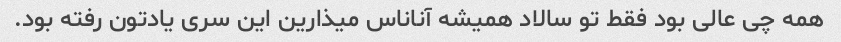
همه چی عالی بود فقط تو سالاد همیشه آناناس میذارین این سری یادتون رفته بود.